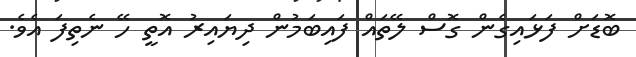
ބޮޑަށް ފަޅައިގެން ގޮސް ލޭތައް ފައިބަމުން ދިޔައިރު އޮތީ ހޭ ނެތިފަ އެވެ.